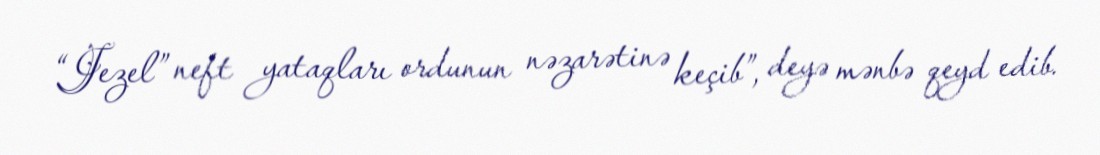
“Jezel” neft yataqları ordunun nəzarətinə keçib”, deyə mənbə qeyd edib.